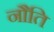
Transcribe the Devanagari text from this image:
नौति